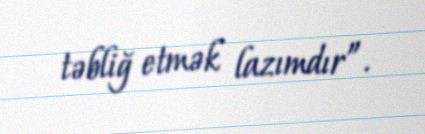
təbliğ etmək lazımdır”.